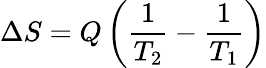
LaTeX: \Delta S=Q\left({\frac{1}{T_{2}}}-{\frac{1}{T_{1}}}\right)